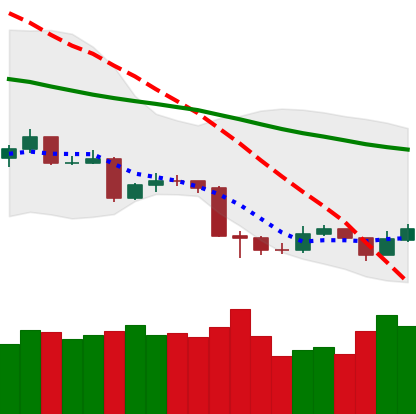
Ticker: TRX-USD
Chart end date: 2019-08-23
Forward return: -11.519%
Label: down_7plus